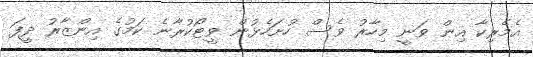
އެމެރިކާ އިން ވަނީ މިހާރު ވެސް ހުށަހެޅުން ވީޓޯކުރާނެ ކަމުގެ އިންޒާރު ދީފަ